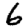
Digit: 6